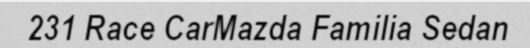
231 Race CarMazda Familia Sedan